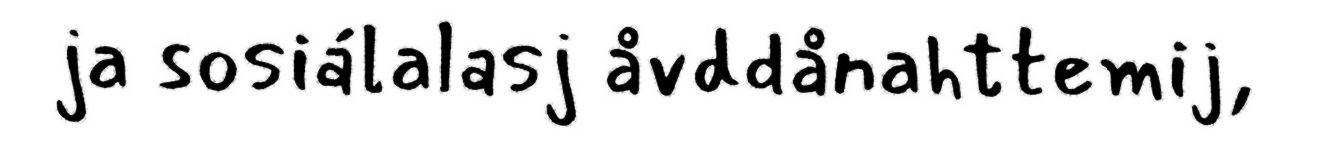
ja sosiálalasj åvddånahttemij,